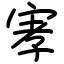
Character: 宯